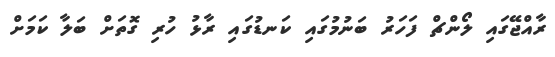
ރާއްޖޭގައި ލޯންޗް ފަަހަރު ބަނުމުގައި ކަނޑުގައި ރާޅު ހުރި ގޮތަށް ބަލާ ކަމަށް